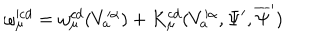
\omega _ { \mu } ^ { \prime c d } = \omega _ { \mu } ^ { c d } ( V _ { a } ^ { \prime \alpha } ) + K _ { \mu } ^ { c d } ( V _ { a } ^ { \prime \alpha } , \Psi ^ { \prime } , \overline { { { \Psi } } } ^ { \prime } )